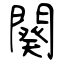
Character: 闋